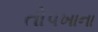
તોપખાના